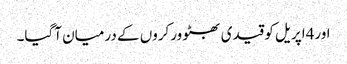
اور4اپریل کو قیدی بھٹو ورکروں کے درمیان آگیا۔